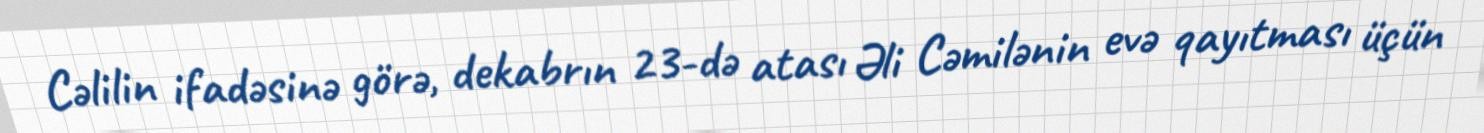
Cəlilin ifadəsinə görə, dekabrın 23-də atası Əli Cəmilənin evə qayıtması üçün